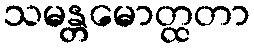
သမန္တမောတ္ထတာ